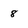
Character: 8